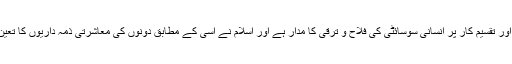
اس فرق اور تقسیم کار پر انسانی سوسائٹی کی فلاح و ترقی کا مدار ہے اور اسلام نے اسی کے مطابق دونوں کی معاشرتی ذمہ داریوں کا تعین کیا ہے۔